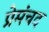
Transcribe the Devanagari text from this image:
प्रेमंचद